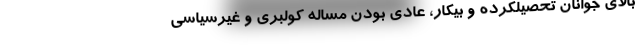
بالاي جوانان تحصيلكرده و بيكار، عادي بودن مساله كولبري و غيرسياسي